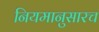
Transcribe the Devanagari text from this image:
नियमानुसारच